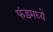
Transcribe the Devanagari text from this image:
फंडमध्ये